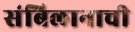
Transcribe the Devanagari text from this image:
संबिलानाची